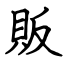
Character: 販